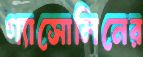
গ্যাসোলিনের